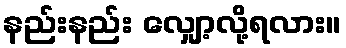
နည်းနည်း လျှော့လို့ရလား။